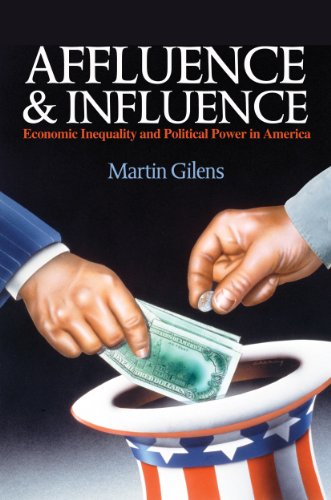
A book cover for Affluence and Influence: Economic Inequality and Political Power in America; Martin Gilens; Politics & Social Sciences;